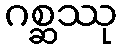
ဂစ္ဆဿု